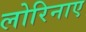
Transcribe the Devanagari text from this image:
लोरिनाए